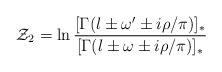
\begin{align*}{\cal Z}_2=\ln\frac{[\Gamma(l \pm \omega'\pm i\rho/\pi)]_*}{[\Gamma(l \pm \omega\pm i\rho/\pi)]_*}\end{align*}